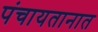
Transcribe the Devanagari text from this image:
पंचायतानात